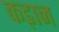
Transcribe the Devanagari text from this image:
कड़ान